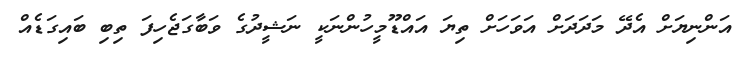
އަންނިޔަށް އެދޭ މަދަދަށް އަވަހަށް ތިޔަ އައްޑޫމީހުންނަކީ ނަޝީދުގެ ވަބާގަޖެހިފަ ތިބި ބައިގަޑެއް